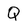
Character: Q